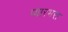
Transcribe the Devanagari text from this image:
प्यारभरा